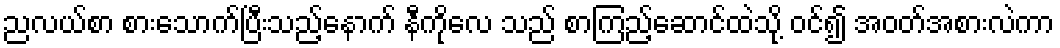
ညလယ်စာ စားသောက်ပြီးသည့်နောက် နီကိုလေ သည် စာကြည့်ဆောင်ထဲသို့ ဝင်၍ အဝတ်အစားလဲကာ